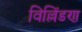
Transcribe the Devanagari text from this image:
विल्लिंडण